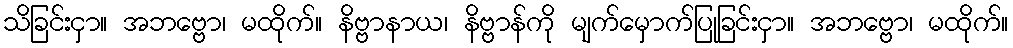
သိခြင်းငှာ။ အဘဗ္ဗော၊ မထိုက်။ နိဗ္ဗာနာယ၊ နိဗ္ဗာန်ကို မျက်မှောက်ပြုခြင်းငှာ။ အဘဗ္ဗော၊ မထိုက်။